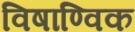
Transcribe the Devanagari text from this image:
विषाण्विक